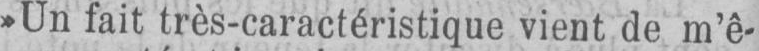
»Un fait très-caractéristique vient de m’ê-